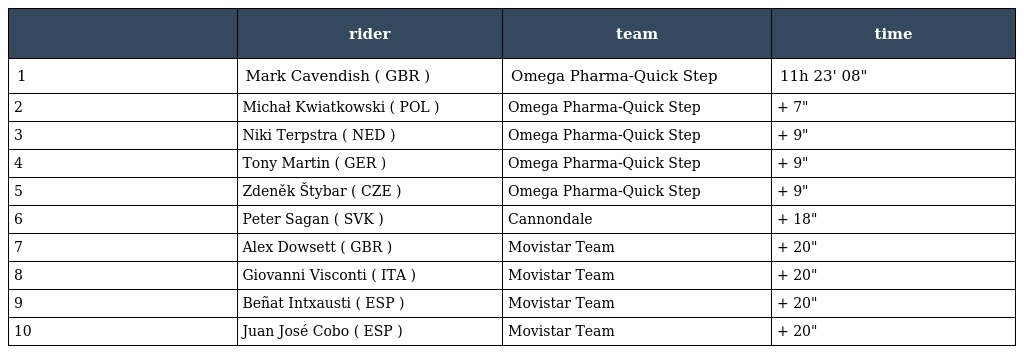
|  | rider | team | time |
 | --- | --- | --- | --- |
 | 1 | Mark Cavendish ( GBR ) | Omega Pharma-Quick Step | 11h 23' 08" |
 | 2 | Michał Kwiatkowski ( POL ) | Omega Pharma-Quick Step | + 7" |
 | 3 | Niki Terpstra ( NED ) | Omega Pharma-Quick Step | + 9" |
 | 4 | Tony Martin ( GER ) | Omega Pharma-Quick Step | + 9" |
 | 5 | Zdeněk Štybar ( CZE ) | Omega Pharma-Quick Step | + 9" |
 | 6 | Peter Sagan ( SVK ) | Cannondale | + 18" |
 | 7 | Alex Dowsett ( GBR ) | Movistar Team | + 20" |
 | 8 | Giovanni Visconti ( ITA ) | Movistar Team | + 20" |
 | 9 | Beñat Intxausti ( ESP ) | Movistar Team | + 20" |
 | 10 | Juan José Cobo ( ESP ) | Movistar Team | + 20" |